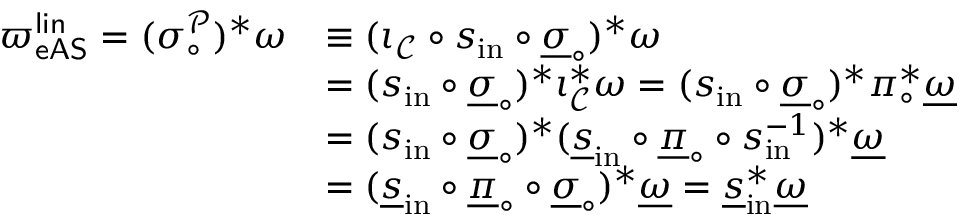
\begin{array} { r l } { { { \varpi } _ { \mathsf { e A S } } ^ { \mathsf { l i n } } } = ( \sigma _ { \circ } ^ { \mathcal { P } } ) ^ { * } \omega } & { \equiv ( \iota _ { \mathcal { C } } \circ s _ { \mathrm { i n } } \circ \underline { \sigma } _ { \circ } ) ^ { * } \omega } \\ & { = ( s _ { \mathrm { i n } } \circ \underline { \sigma } _ { \circ } ) ^ { * } \iota _ { \mathcal { C } } ^ { * } \omega = ( s _ { \mathrm { i n } } \circ \underline { \sigma } _ { \circ } ) ^ { * } \pi _ { \circ } ^ { * } \underline { { \omega } } } \\ & { = ( s _ { \mathrm { i n } } \circ \underline { \sigma } _ { \circ } ) ^ { * } ( \underline { { s } } _ { \mathrm { i n } } \circ \underline { { \pi } } _ { \circ } \circ s _ { \mathrm { i n } } ^ { - 1 } ) ^ { * } \underline { { \omega } } } \\ & { = ( \underline { { s } } _ { \mathrm { i n } } \circ \underline { { \pi } } _ { \circ } \circ \underline { { \sigma } } _ { \circ } ) ^ { * } \underline { { \omega } } = \underline { { s } } _ { \mathrm { i n } } ^ { * } \underline { { \omega } } } \end{array}